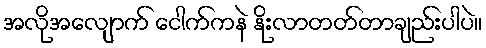
အလိုအလျောက် ငေါက်ကနဲ နိုးလာတတ်တာချည်းပါပဲ။